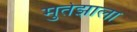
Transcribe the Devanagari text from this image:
मुर्तझाला